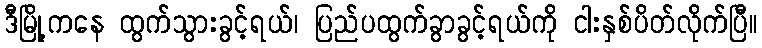
ဒီမြို့ကနေ ထွက်သွားခွင့်ရယ်၊ ပြည်ပထွက်ခွာခွင့်ရယ်ကို ငါးနှစ်ပိတ်လိုက်ပြီ။